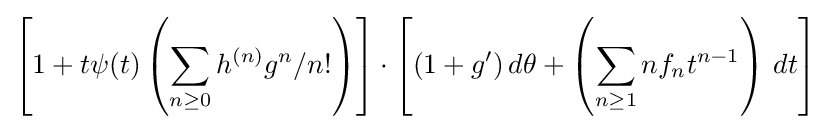
\left[1+t\psi (t)\left(\sum _{n\geq 0}h^{(n)}g^{n}/n!\right)\right]\cdot \left[(1+g^{\prime })\,d\theta +\left(\sum _{n\geq 1}nf_{n}t^{n-1}\right)\,dt\right]